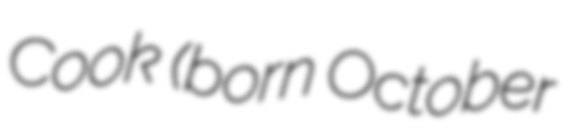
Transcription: Cook (born October